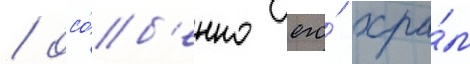
/ осо́б'енно его́ хра́м